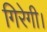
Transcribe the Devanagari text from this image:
गिरेगी।